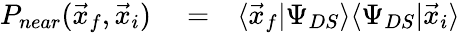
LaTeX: \begin{array}{rlr}{P_{near}(\vec{x}_{f},\vec{x}_{i})}&{{}=}&{\langle\vec{x}_{f}|\Psi_{DS}\rangle\langle\Psi_{DS}|\vec{x}_{i}\rangle}\end{array}